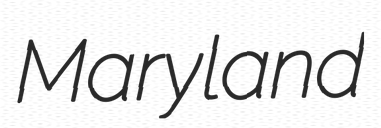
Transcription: Maryland